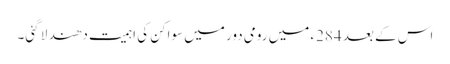
اس کے بعد 284ء میں رومی دور میں سواکن کی اہمیت دھند لا گئی۔